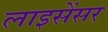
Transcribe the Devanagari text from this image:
लाइसेंसर